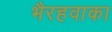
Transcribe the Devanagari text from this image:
भैरहवाका